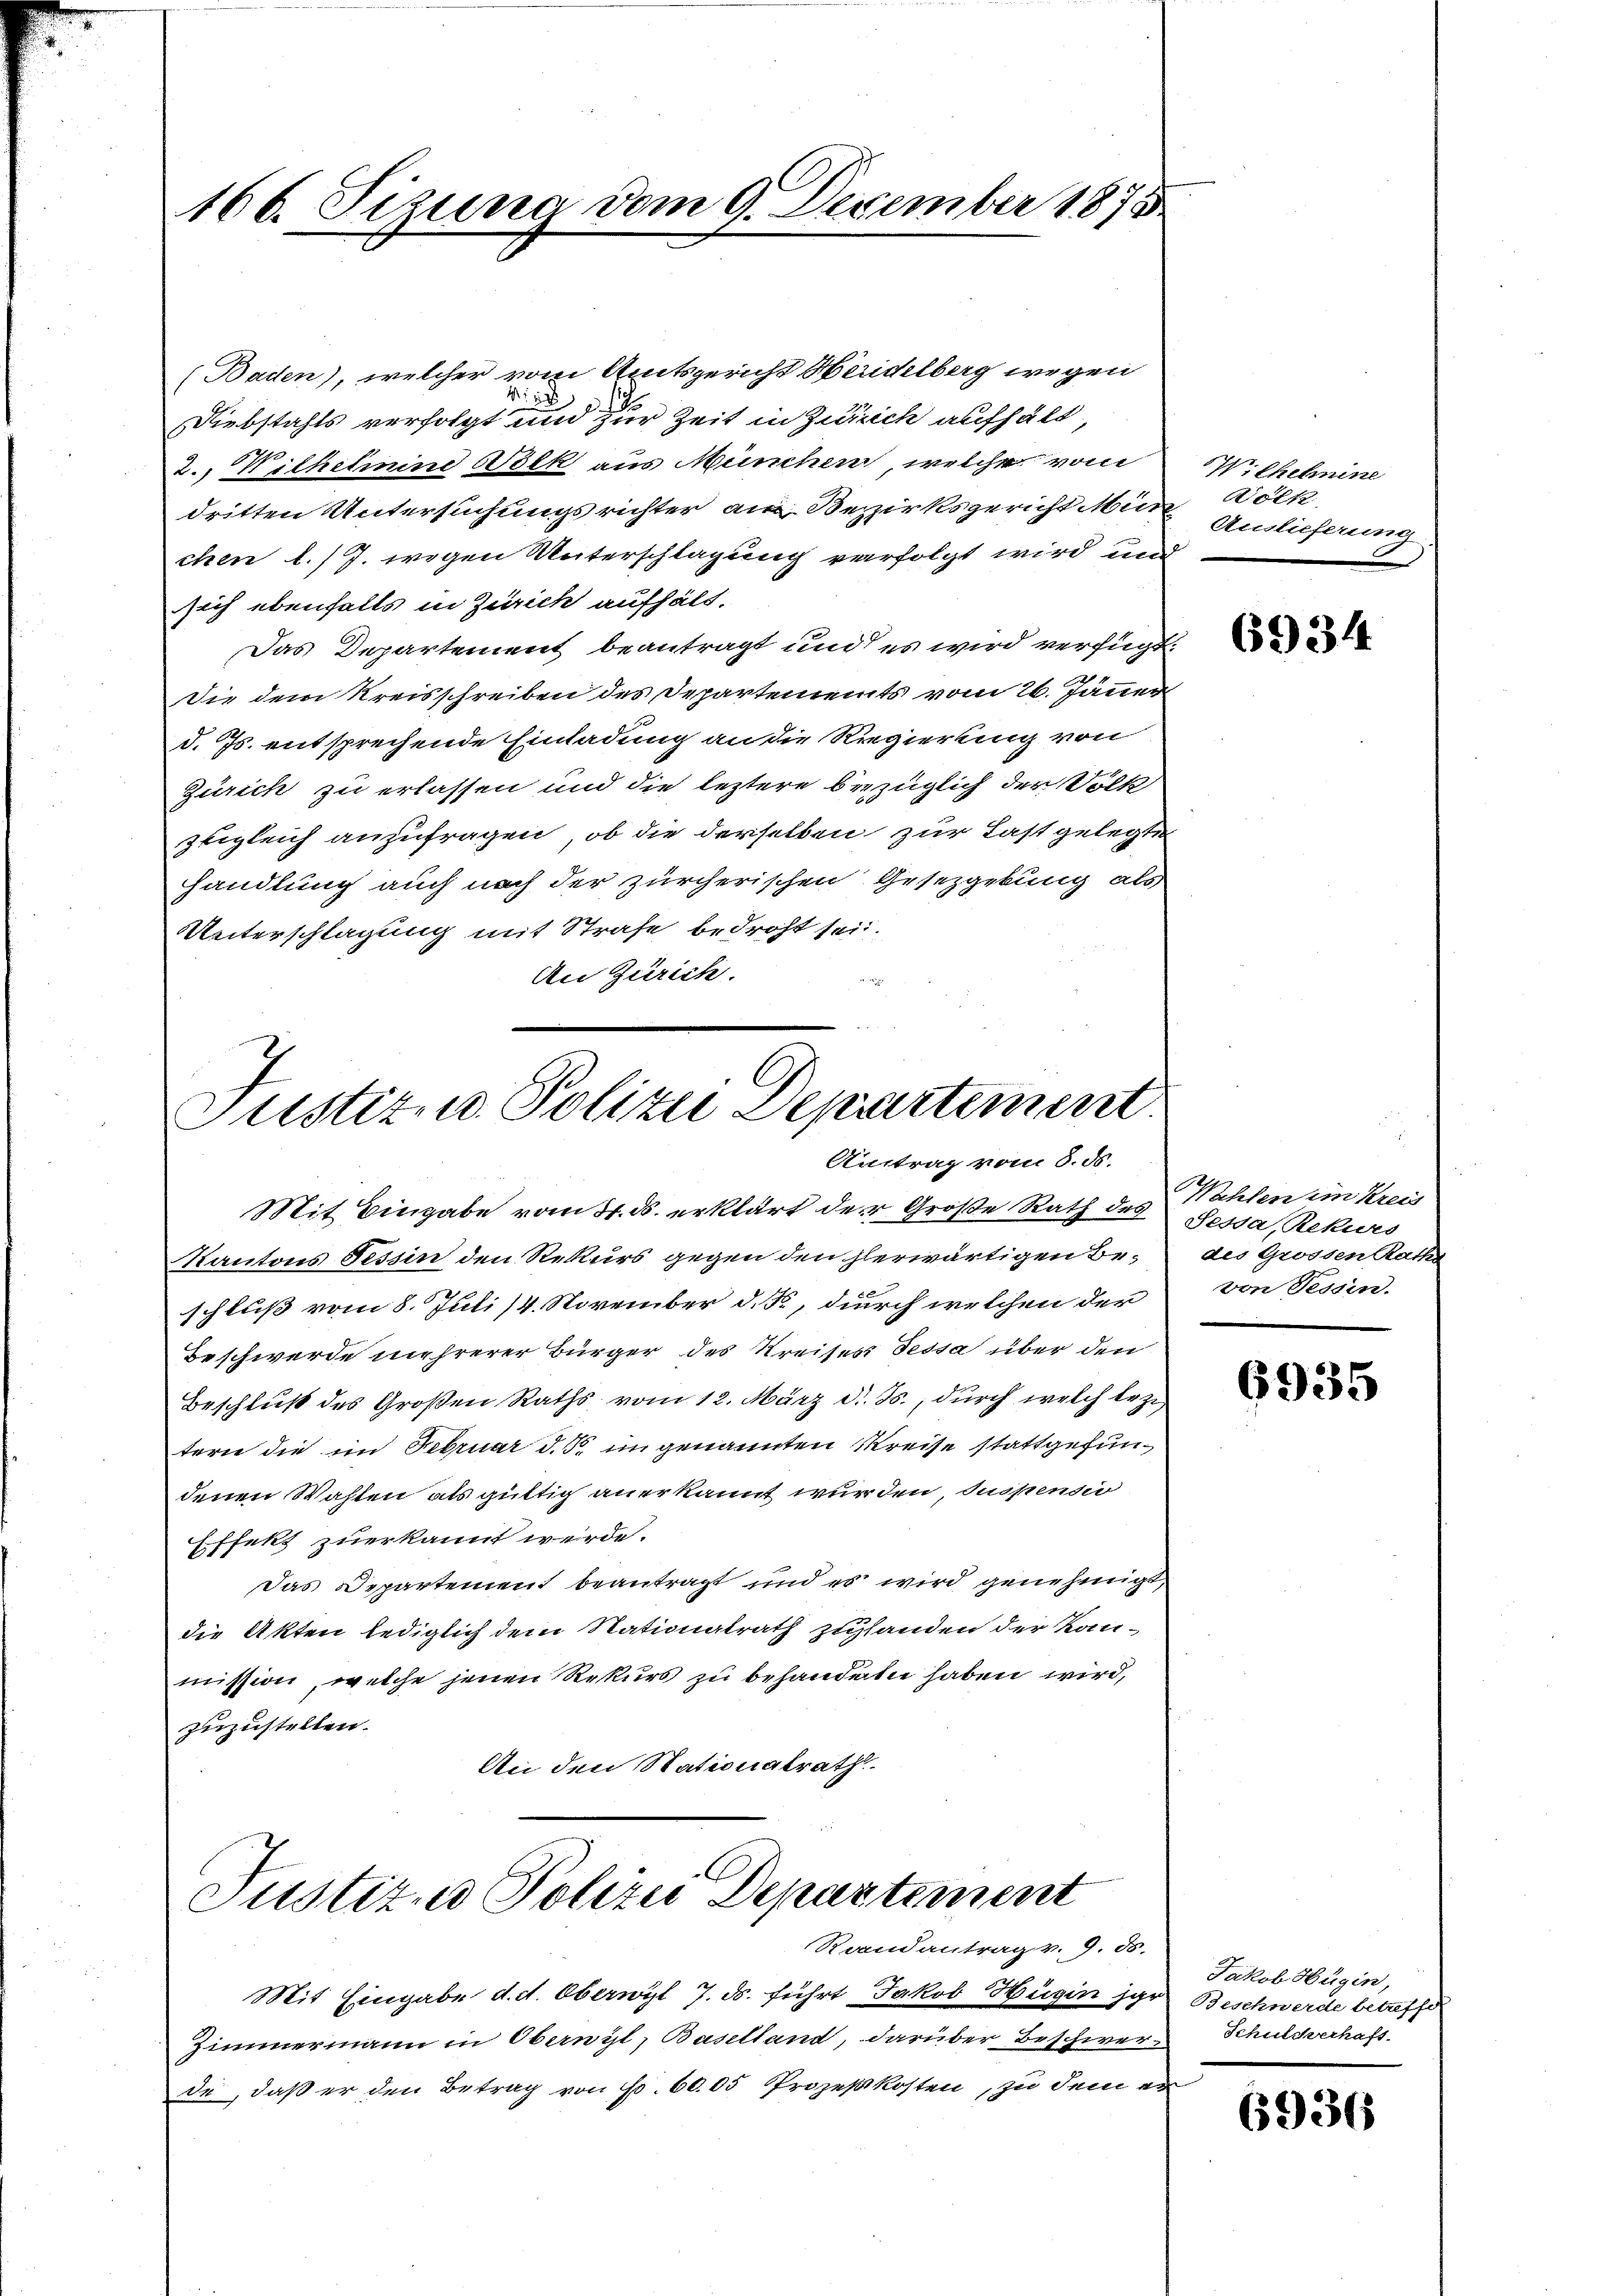
166. Sizung vom 9. Dezember 1875

(Baden), welcher vom Amtsgericht Heridelberg wegen
Nist
s
Diebstahls verfolgt und zur Zeit in Zürich aufhält,
2., Wilhelmine Volk aus München, welche vom
dritten Untersuchungsrichter am Bezirksgericht Mun Völk
chen l. J. wegen Unterschlagung verfolgt wird und
sich ebenfalls in Zürich aufhält.
Das Departement beantragt und es wird verfügt:
Die dem Kreisschreiben des Departements vom 26. Jänner
d. Js. entsprechende Einladung an die Regierung von
Zürich zu erlassen und die leztere bezüglich der Völk
zugleich anzufragen, ob die derselben zur Last gelegte
handlung auch nach der zürcherischen Gesetzgebung als
Unterschlagung mit Strafe bedroht sei.
An Zürich.

Justiz- u. Polizei Departement
Austrag vom 8. ds.

Mit Eingabe vom 31. d. erklärt der Große Rath des
Kantons Tessin den Rekurs gegen den herwärtigen Beschluß vom 8. Juli 14. November d. J., durch welchen der
Beschwerde mehrerer Bürger des Kreises Tessa über den
Beschluß des Großen Raths vom 12. März d. Js., durch welch bezi
tern die im Februar d. So im genannten Kreise stattgefundenen Wahlen als gültig anerkannt wurden, Suspensio
Effekt zuerkannt werde.
das Departement beantragt und es wird genehmigt,
die Akten lediglich dem Rationalrath zu handen der Kanmission, welche jenen Rekurs zu behandeln haben wird,
zuzustellen.
An den Stationalrath

Justiz, Polizei Departement
Randantrag v. 9. ds.

Mit Eingabe d. d. Oberwyl 7. ds. führt Jakob Hügin jar Beschwerde betreffe
Zimmermann in Oberwyl, Baselland, darüber Beschwer- Schulcherhafs
de, daß er den Betrag von Fr. 6005 Prozeßkosten, zu dem er

Wilhelmine
Auslieferung

6934

Wehlen im Kreis
Sesda, Rekurs
des Grossen Raths
von Tessin.

6935

Jakob Hügin,

6936